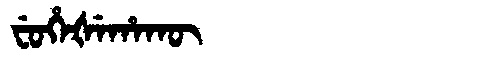
Manchu: ᠸᡠᡥᡝᡧᡝᡥᠠᡴᡡ
Romanization: FUHEŠEHAKŪ